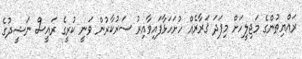
ރައްޔިތުންގެ މަޖިލީހަށް މިފަދަ ޤަރާރެއް ހުށަހަޅާފައިވާއިރު ސަރުކާރުން ވަނީ ކުރީގެ ރައީސް ނަޝީދުގެ